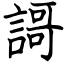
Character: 謌